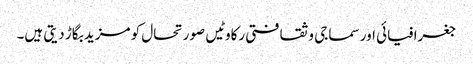
جغرافیائی اور سماجی و ثقافتی رکاوٹیں صورتحال کو مزید بگاڑ دیتی ہیں۔